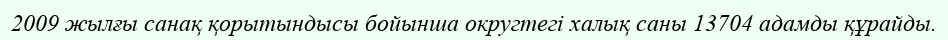
2009 жылғы санақ қорытындысы бойынша округтегі халық саны 13704 адамды құрайды.